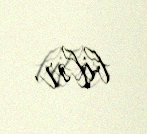
bilər.